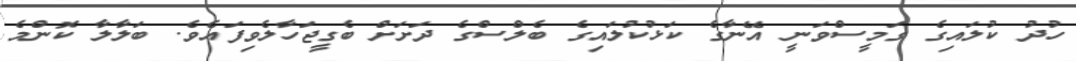
ހުދު ކުލައިގެ ގަމީސްވަނީ އޭނާގެ ކަޅުކުލައިގެ ބެލްސްގެ ދަށަށް ބެގީޖަހާލެވިފައެވެ. ބަލާލާ ކޮންމެ